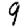
Digit: 9